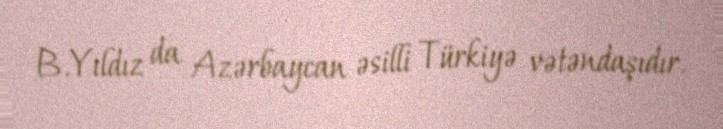
B.Yıldız da Azərbaycan əsilli Türkiyə vətəndaşıdır.